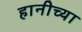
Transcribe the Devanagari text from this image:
हानीच्या